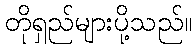
တိုရှည်များပို့သည်။